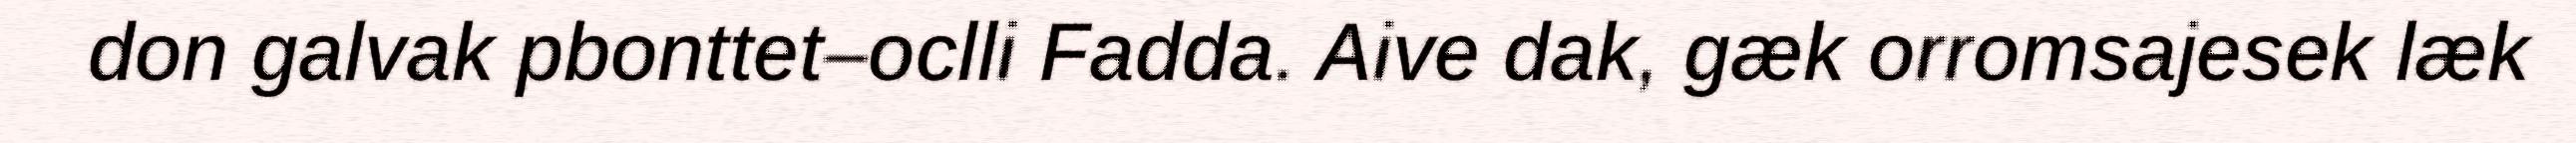
don galvak pbonttet–oclli Fadda. Aive dak, gæk orromsajesek læk